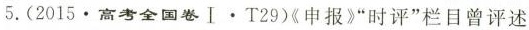
5.(2015·高考全国卷Ⅰ·T29)《申报》”时评”栏目曾评述